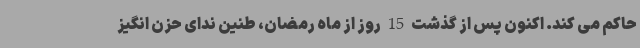
حاکم می کند. اکنون پس از گذشت 15 روز از ماه رمضان، طنین ندای حزن انگیز